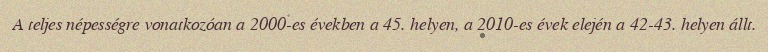
A teljes népességre vonatkozóan a 2000-es években a 45. helyen, a 2010-es évek elején a 42-43. helyen állt.